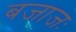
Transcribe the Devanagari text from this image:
बजाजः